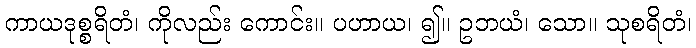
ကာယဒုစ္စရိတံ၊ ကိုလည်း ကောင်း။ ပဟာယ၊ ၍။ ဥဘယံ၊ သော။ သုစရိတံ၊